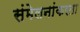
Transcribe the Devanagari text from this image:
संमेलनांकरता